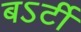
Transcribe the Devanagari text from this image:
बऽर्टी